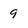
Character: 9